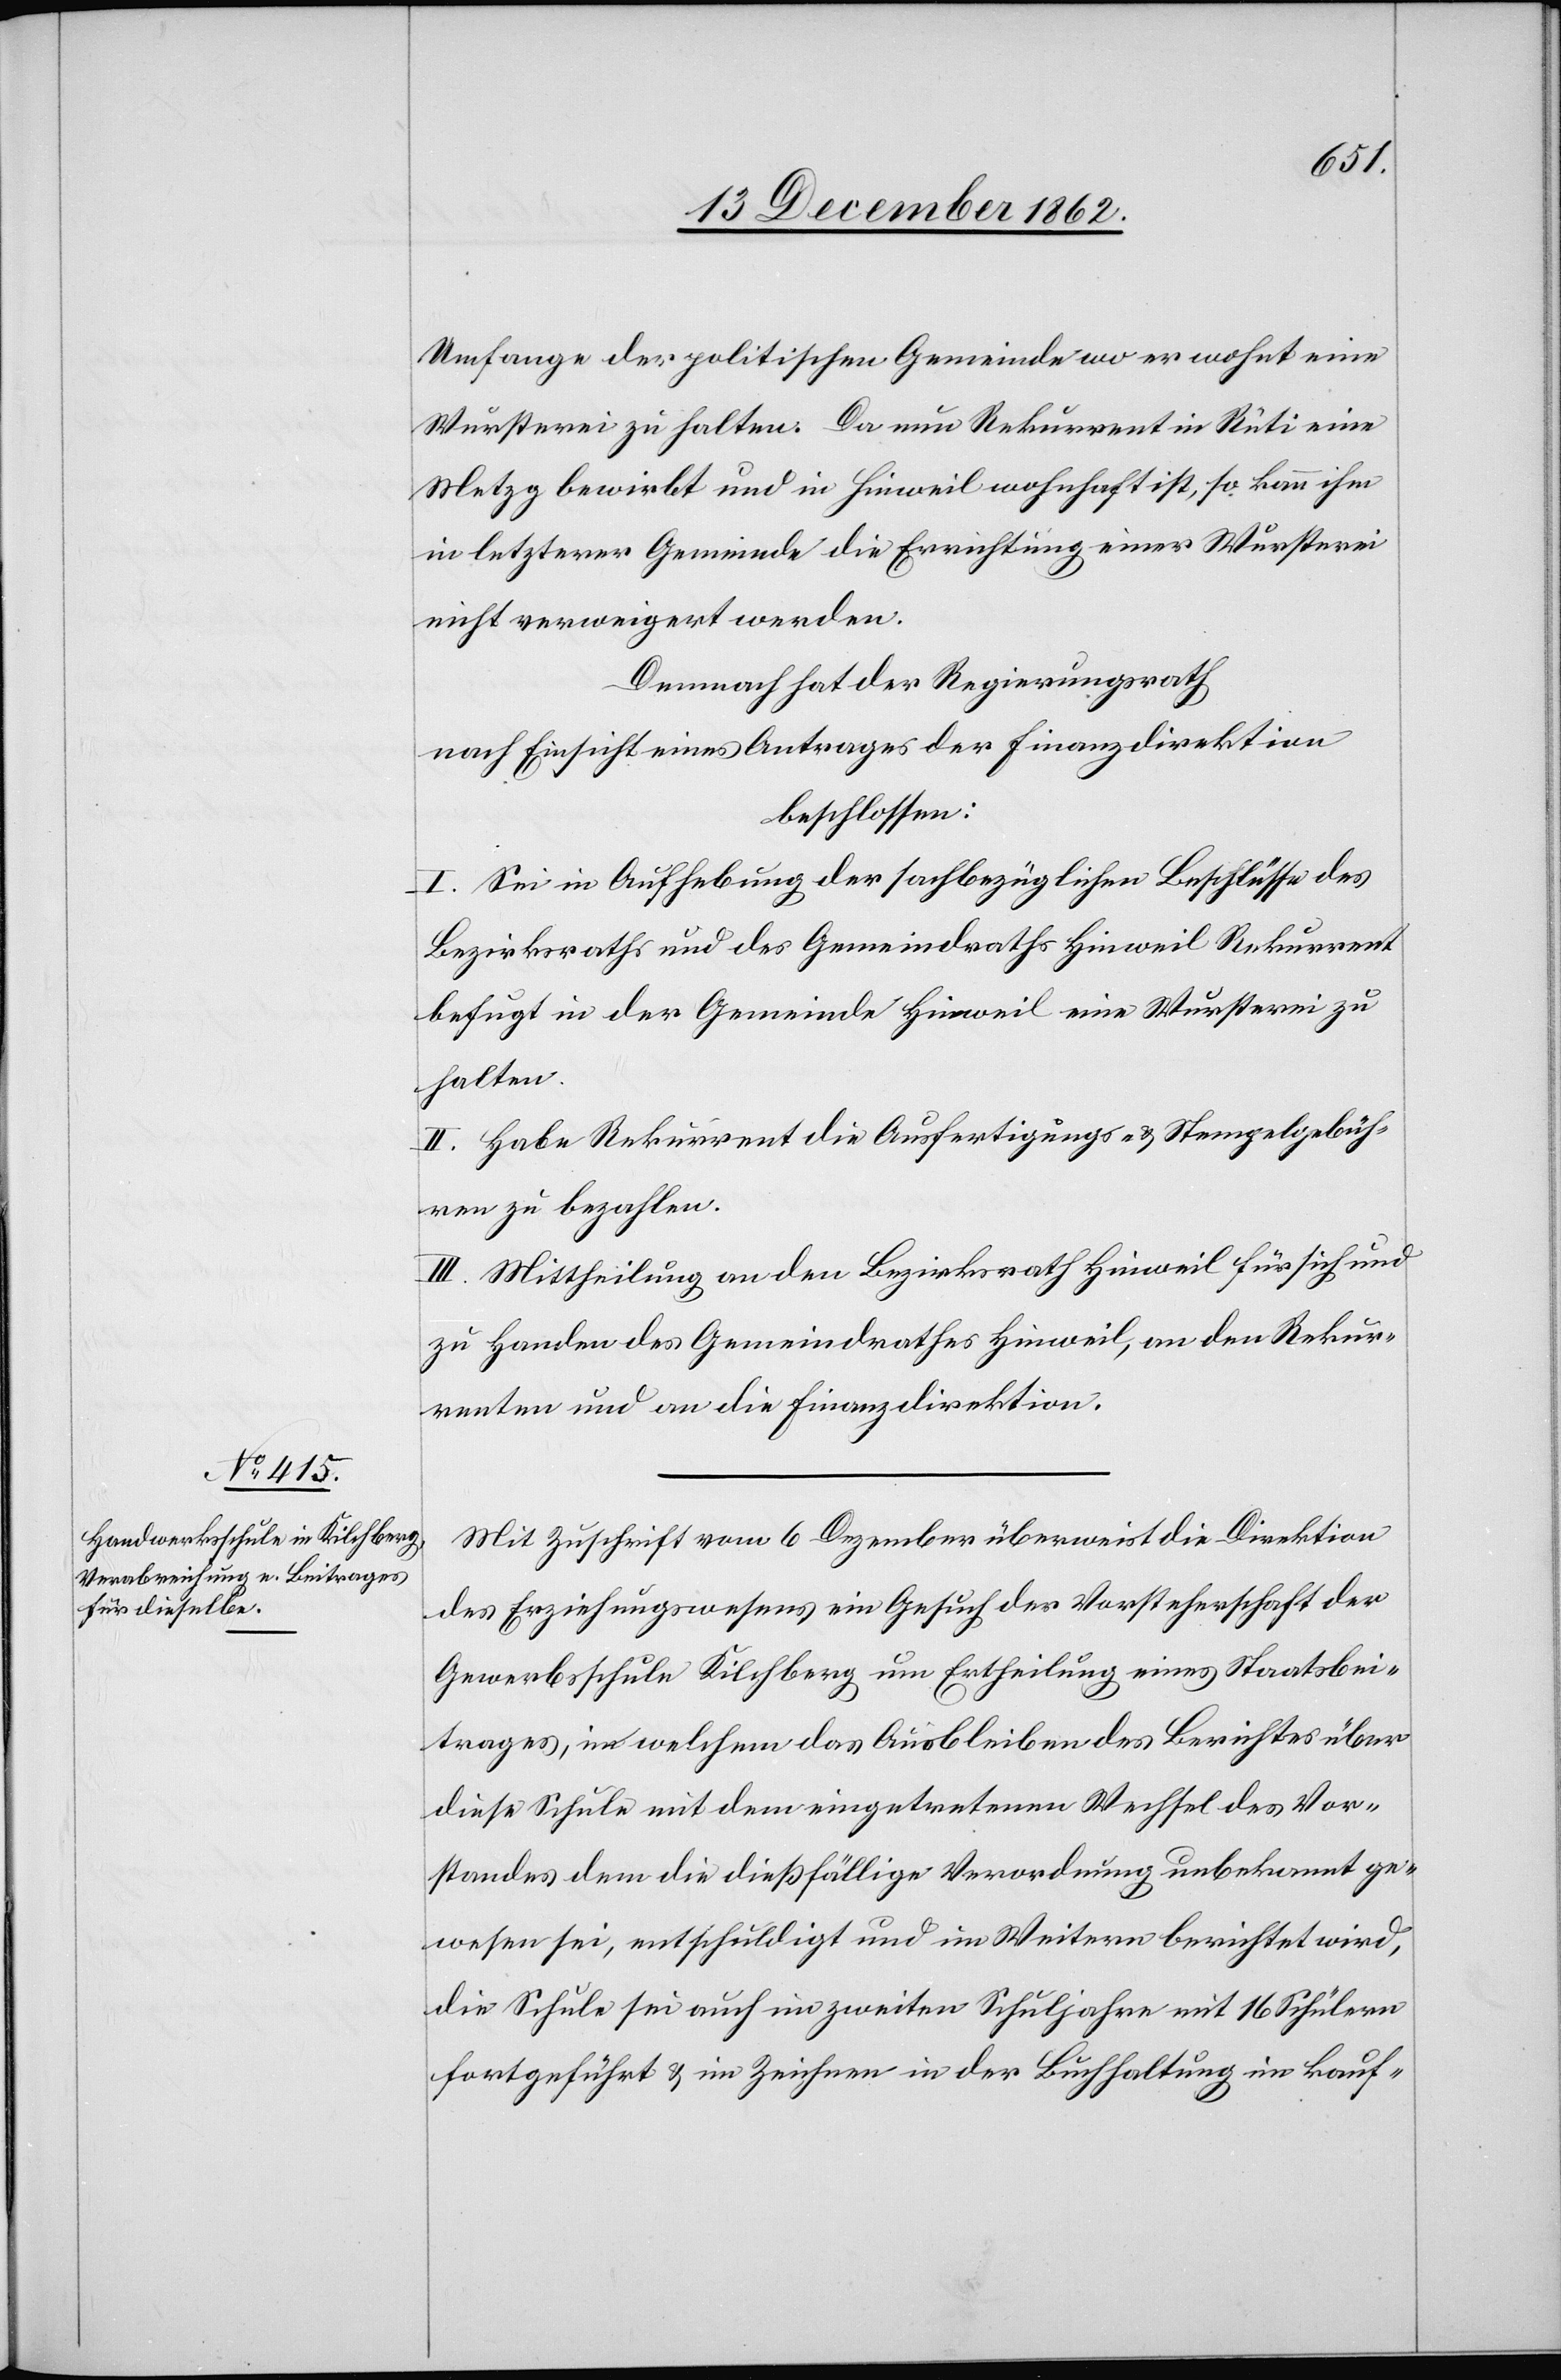
Umfange der politischen Gemeinde wo er wohnt eine
Wursterei zu halten. Da nun Rekurrent in Rüti eine
Metzg bewirbt und in Hinweil wohnhaft ist, so kann ihm
in letzterer Gemeinde die Errichtung einer Wursterei
nicht verweigert werden.
Demnach hat der Regierungsrath
nach Einsicht eines Antrages der Finanzdirektion
beschlossen:
I. Sei in Aufhebung der sachbezüglichen Beschlüsse des
Bezirksrathes und des Gemeindraths Hinweil Rekurrent
befugt in der Gemeinde Hinweil eine Wursterei zu
halten.
II. Habe Rekurrent die Ausfertigungs- u. Stempelgebüh¬
ren zu bezahlen.
III. Mittheilung an den Bezirksrath Hinweil für sich und
zu Handen des Gemeindrathes Hinweil, an den Rekur¬
renten und an die Finanzdirektion.
Mit Zuschrift vom 6. Dezember überweist die Direktion
des Erziehungswesens ein Gesuch der Vorsteherschaft der
Gewerbsschule Kilchberg um Ertheilung eines Staatsbei¬
trages, in welchem das Ausbleiben des Berichtes über
diese Schule mit dem eingetretenen Wechsel des Vor¬
standes dem die dießfällige Verordnung unbekannt ge¬
wesen sei, entschuldigt und im Weitern berichtet wird,
die Schule sei auch im zweiten Schuljahre mit 16 Schülern
fortgeführt u. im Zeichen in der Buchhaltung im kauf-